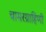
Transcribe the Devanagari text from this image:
चामरग्राहिणी